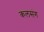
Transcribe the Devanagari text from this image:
कलसंग